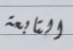
التابعة